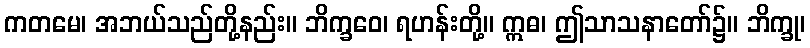
ကတမေ၊ အဘယ်သည်တို့နည်း။ ဘိက္ခဝေ၊ ရဟန်းတို့။ ဣဓ၊ ဤသာသနာတော်၌။ ဘိက္ခု၊